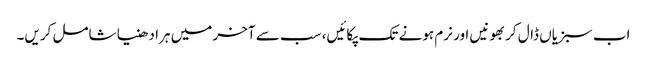
اب سبزیاں ڈال کر بھونیں اور نرم ہونے تک پکائیں، سب سے آخر میں ہرا دھنیا شامل کریں۔